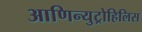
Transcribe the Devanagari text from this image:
आणिन्युट्रोहिलिस